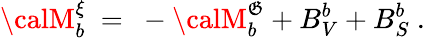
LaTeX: {\calM}_{b}^{\xi}\ =\ -{\calM}_{b}^{\mathfrak{G}}+B_{V}^{b}+B_{S}^{b}\ .